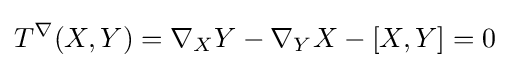
T^{\nabla }(X,Y)=\nabla _{X}Y-\nabla _{Y}X-[X,Y]=0